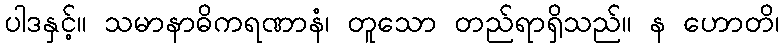
ပါဒနှင့်။ သမာနာဓိကရဏာနံ၊ တူသော တည်ရာရှိသည်။ န ဟောတိ၊